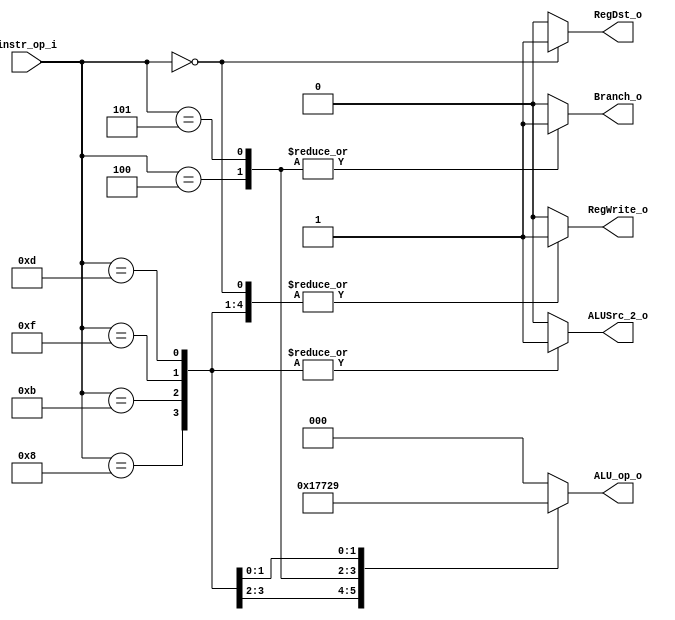
//Subject:     CO project 2 - Decoder
//--------------------------------------------------------------------------------
//Version:     1
//--------------------------------------------------------------------------------
//Writer:      0616014-0616225
//----------------------------------------------
//Date:        
//----------------------------------------------
//Description: 
//--------------------------------------------------------------------------------

module Decoder(
    instr_op_i,
    RegWrite_o,
    ALU_op_o,
    ALUSrc_2_o,
    RegDst_o,
    Branch_o
);
     
//I/O ports
input   [6-1:0] instr_op_i;

output          RegWrite_o;
output  [3-1:0] ALU_op_o;
output          ALUSrc_2_o;
output          RegDst_o;
output          Branch_o;
 
//Internal Signals
reg     [3-1:0] ALU_op_o;
reg             ALUSrc_2_o;
reg             RegWrite_o;
reg             RegDst_o;
reg             Branch_o;

//Parameter


//Main function
always @(*) begin
    case (instr_op_i)
        6'b000000: begin    // R-Type
            RegWrite_o  = 1'b1;
            ALU_op_o    = 3'b000;
            ALUSrc_2_o  = 1'b0;
            RegDst_o    = 1'b1;
            Branch_o    = 1'b0;
        end
        6'b001000: begin    // addi
            RegWrite_o  = 1'b1;
            ALU_op_o    = 3'b010;
            ALUSrc_2_o  = 1'b1;
            RegDst_o    = 1'b0;
            Branch_o    = 1'b0;
        end
        6'b001011: begin    // sltiu
            RegWrite_o  = 1'b1;
            ALU_op_o    = 3'b111;
            ALUSrc_2_o  = 1'b1;
            RegDst_o    = 1'b0;
            Branch_o    = 1'b0;
        end
        6'b000100: begin    // beq
           RegWrite_o   = 1'b0;
           ALU_op_o     = 3'b011;
           ALUSrc_2_o   = 1'b0;
           RegDst_o     = 1'b0;
           Branch_o     = 1'b1;
        end
        6'b000101: begin     // bne
            RegWrite_o  = 1'b0;
            ALU_op_o    = 3'b100;
            ALUSrc_2_o  = 1'b0;
            RegDst_o    = 1'b0;
            Branch_o    = 1'b1;
        end
        6'b001111: begin     // lui
            RegWrite_o  = 1'b1;
            ALU_op_o    = 3'b101;
            ALUSrc_2_o  = 1'b1;
            RegDst_o    = 1'b0;
            Branch_o    = 1'b0;
        end
        6'b001101: begin    // ori
            RegWrite_o  = 1'b1;
            ALU_op_o    = 3'b001;
            ALUSrc_2_o  = 1'b1;
            RegDst_o    = 1'b0;
            Branch_o    = 1'b0;
        end
        default: begin
            RegWrite_o  = 1'b0;
            ALU_op_o    = 3'b000;
            ALUSrc_2_o  = 1'b0;
            RegDst_o    = 1'b0;
            Branch_o    = 1'b0;
        end
    endcase
end

endmodule